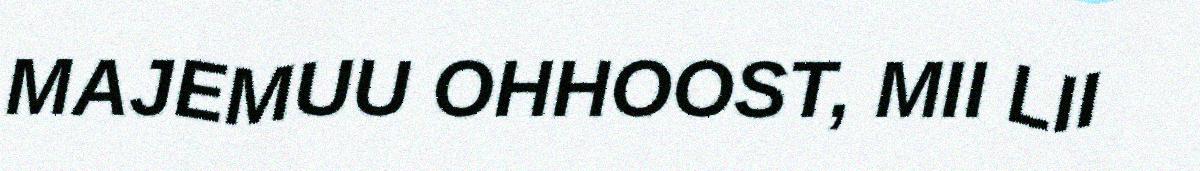
MAJEMUU OHHOOST, MII LII